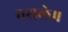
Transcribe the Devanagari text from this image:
ठसले॥